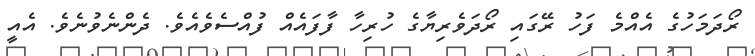
ރޯދަމަހުގެ އެއްމެ ފަހު ރޭގައި ރޯދަވެރިޔާގެ ހުރިހާ ފާފައެއް ފުއްސެވެއެވެ. ދެންނެވުނެވެ. އެއީ